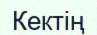
Кектің